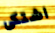
اشتكى